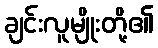
ချင်းလူမျိုးတို့၏